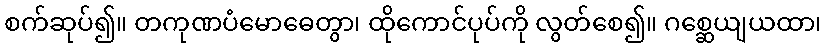
စက်ဆုပ်၍။ တကုဏပံမောဓေတွာ၊ ထိုကောင်ပုပ်ကို လွတ်စေ၍။ ဂစ္ဆေယျယထာ၊